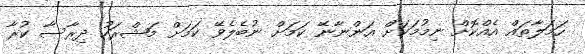
ހަމަލާތައް އެއްކޮށް ނިމުމަކަށް އަންނާނޭ ކަމަށް ނުބެލެވޭ ކަމަށް މަޝްރަހު ދިރާސާ ކުރާ